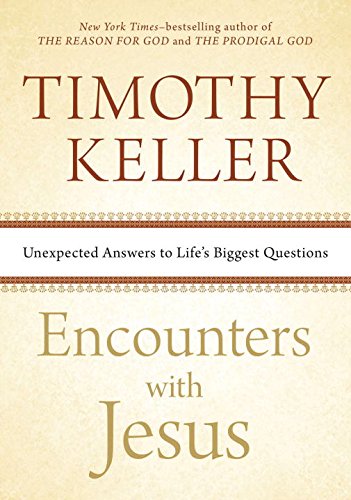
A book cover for Encounters with Jesus: Unexpected Answers to Life's Biggest Questions; Timothy Keller; Christian Books & Bibles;